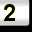
Digit: 2